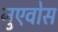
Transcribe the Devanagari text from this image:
नुएवोस